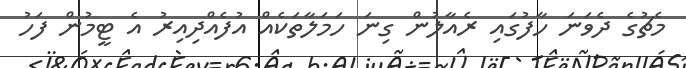
މެޗުގެ ދެވަނަ ހާފުގައި ރެއާލުން ގިނަ ހަމަލާތަކެއް އުފެއްދިއިރު އެ ޓީމުން ފަހު